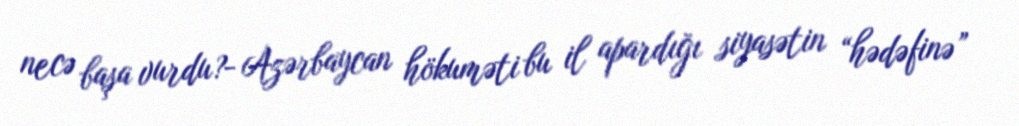
necə başa vurdu?- Azərbaycan hökuməti bu il apardığı siyasətin “hədəfinə”